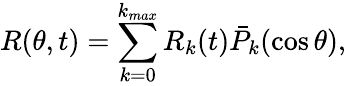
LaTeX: R(\theta,t)=\sum_{k=0}^{k_{max}}R_{k}(t)\bar{P}_{k}(\cos\theta),